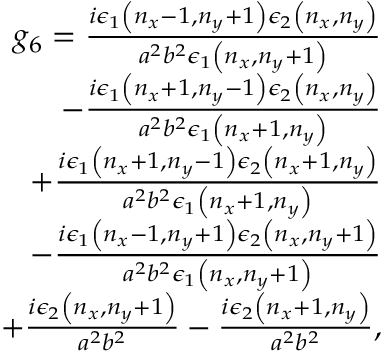
\begin{array} { r l } { g _ { 6 } = \frac { i \epsilon _ { 1 } \left( n _ { x } - 1 , n _ { y } + 1 \right) \epsilon _ { 2 } \left( n _ { x } , n _ { y } \right) } { a ^ { 2 } b ^ { 2 } \epsilon _ { 1 } \left( n _ { x } , n _ { y } + 1 \right) } } & { } \\ { - \frac { i \epsilon _ { 1 } \left( n _ { x } + 1 , n _ { y } - 1 \right) \epsilon _ { 2 } \left( n _ { x } , n _ { y } \right) } { a ^ { 2 } b ^ { 2 } \epsilon _ { 1 } \left( n _ { x } + 1 , n _ { y } \right) } } & { } \\ { + \frac { i \epsilon _ { 1 } \left( n _ { x } + 1 , n _ { y } - 1 \right) \epsilon _ { 2 } \left( n _ { x } + 1 , n _ { y } \right) } { a ^ { 2 } b ^ { 2 } \epsilon _ { 1 } \left( n _ { x } + 1 , n _ { y } \right) } } & { } \\ { - \frac { i \epsilon _ { 1 } \left( n _ { x } - 1 , n _ { y } + 1 \right) \epsilon _ { 2 } \left( n _ { x } , n _ { y } + 1 \right) } { a ^ { 2 } b ^ { 2 } \epsilon _ { 1 } \left( n _ { x } , n _ { y } + 1 \right) } } & { } \\ { + \frac { i \epsilon _ { 2 } \left( n _ { x } , n _ { y } + 1 \right) } { a ^ { 2 } b ^ { 2 } } - \frac { i \epsilon _ { 2 } \left( n _ { x } + 1 , n _ { y } \right) } { a ^ { 2 } b ^ { 2 } } , } \end{array}